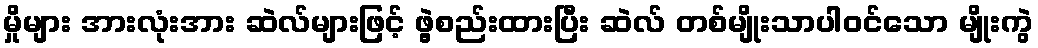
မှိုများ အားလုံးအား ဆဲလ်များဖြင့် ဖွဲ့စည်းထားပြီး ဆဲလ် တစ်မျိုးသာပါဝင်သော မျိုးကွဲ